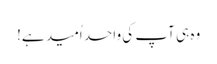
وہ ہی آپ کی واحد اُمید ہے!